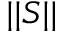
| | S | |